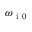
\omega _ { { \mathrm { ~ i ~ 0 ~ } } }